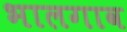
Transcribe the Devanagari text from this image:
भालगाव